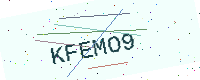
Text: KFEMO9